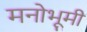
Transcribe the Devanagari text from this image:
मनोभूमी